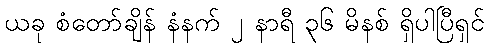
ယခု စံတော်ချိန် နံနက် ၂ နာရီ ၃၆ မိနစ် ရှိပါပြီရှင်